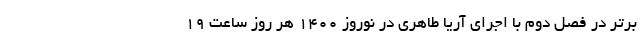
برتر در فصل دوم با اجرای آریا طاهری در نوروز ۱۴۰۰ هر روز ساعت ۱۹